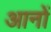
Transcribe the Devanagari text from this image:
आनों